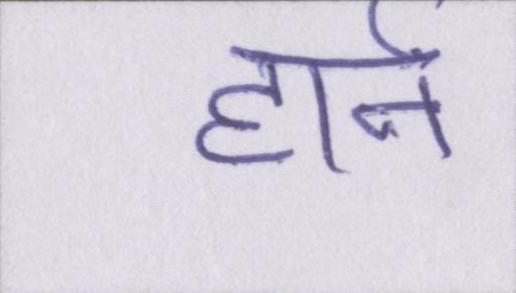
हार्न